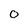
Character: 0